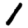
Digit: 1